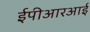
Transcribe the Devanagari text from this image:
ईपीआरआई